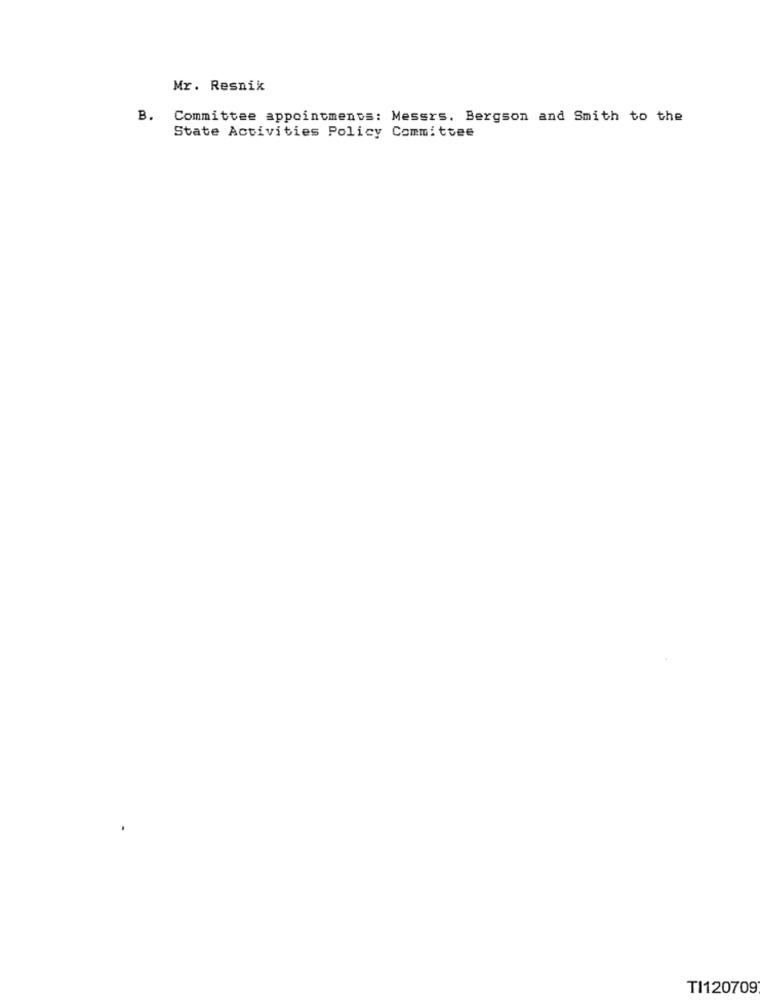
Mr. Resnik
B. Committee appointments: Messrs. Bergson and Smith to the
State Activities Policy Committee
TI120709